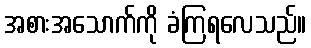
အစားအသောက်ကို ခံကြရလေသည်။